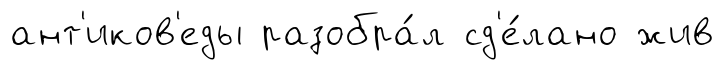
ант'иков'еды разобра́л сд'е́лано жив